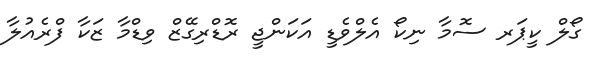
ގޯލް ކީޕަރ ސޮމާ ނިކޯ އެލްވެޑީ އަކަންޖީ ރޮޑްރިގޭޒް ވިޑްމާ ޒަކާ ފްރެއުލާ